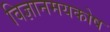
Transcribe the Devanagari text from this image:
विज्ञानमयकोष